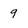
Character: 9